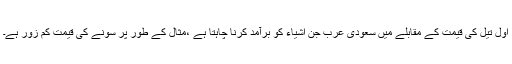
اوّل تیل کی قیمت کے مقابلے میں سعودی عرب جن اشیاء کو برآمد کرنا چاہتا ہے ،مثال کے طور پر سونے کی قیمت کم زور ہے۔